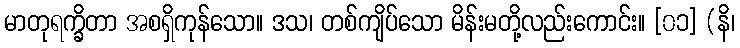
မာတုရက္ခိတာ အစရှိကုန်သော။ ဒသ၊ တစ်ကျိပ်သော မိန်းမတို့လည်းကောင်း။ [၀၁] (နိ၊